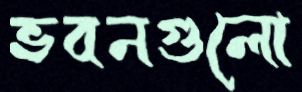
ভবনগুলো